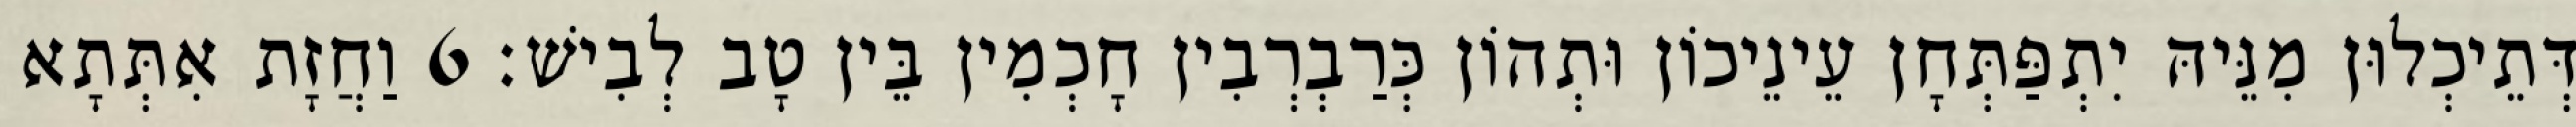
דְּתֵיכְלוּן מִנֵּיהּ יִתְפַּתְּחָן עֵינֵיכוֹן וּתְהוֹן כְּרַבְרְבִין חָכְמִין בֵּין טָב לְבִישׁ׃ 6 וַחֲזָת אִתְּתָא